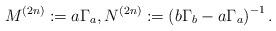
LaTeX: \begin{align*} M^{(2n)}:= a \Gamma_a, N^{(2n)} :=\left(b\Gamma_b -a \Gamma_a\right)^{-1}. \end{align*}